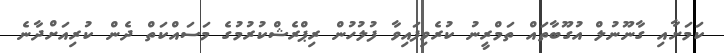
ކަމަށާއި ގާނޫނުލް އުގޫބާތައް ތަމްރީނު ކުރެވިފައިވާ ފުލުހުން ރިޕްރެޝްކުރުމުގެ މަސައްކަތް ދެން ކުރިއަށްދާނެ